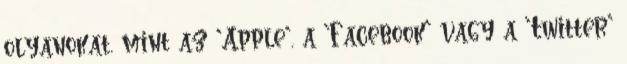
olyanokat, mint az 'Apple', a 'Facebook' vagy a 'Twitter'